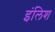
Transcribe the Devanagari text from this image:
इंलिश